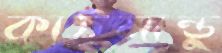
কাঠমান্ডু